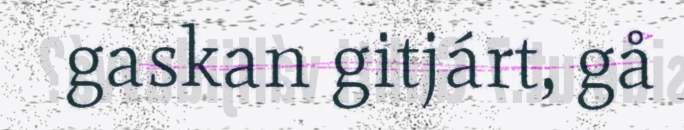
gaskan gitjárt, gå